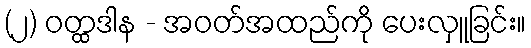
(၂) ဝတ္ထဒါန - အဝတ်အထည်ကို ပေးလှူခြင်း။